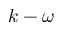
k - \omega